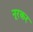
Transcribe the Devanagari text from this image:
नूरकर